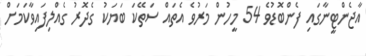
އާޖެންޓީނާގައި ފެންބޮޑުވެ 54 މީހުން މަރުވެ އެތައް ސަތޭކަ ބަޔަކު ގެދޮރު ގެއްލިފައިވާކަމަށް